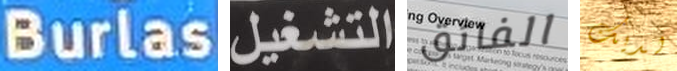
Burlas التشغيل الفائق لديك